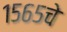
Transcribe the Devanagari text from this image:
१५६५चे